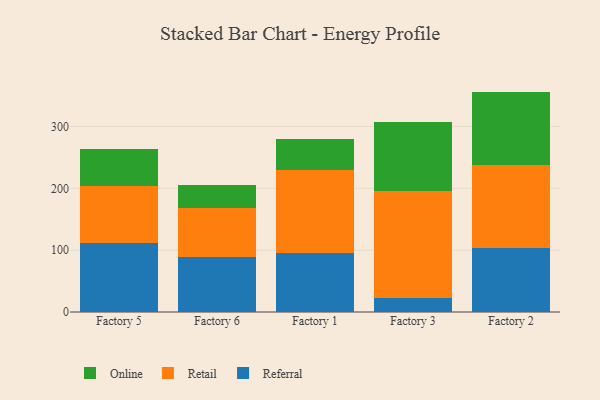
{"axis": {"x": "Factory", "y": "Tickets Resolved"}, "legend": ["Online", "Referral", "Retail"], "data": [{"x": "Factory 5", "y": 111.6, "type": "Referral"}, {"x": "Factory 5", "y": 91.7, "type": "Retail"}, {"x": "Factory 5", "y": 60.6, "type": "Online"}, {"x": "Factory 6", "y": 89.2, "type": "Referral"}, {"x": "Factory 6", "y": 79.1, "type": "Retail"}, {"x": "Factory 6", "y": 37.7, "type": "Online"}, {"x": "Factory 1", "y": 96.2, "type": "Referral"}, {"x": "Factory 1", "y": 134.3, "type": "Retail"}, {"x": "Factory 1", "y": 50.1, "type": "Online"}, {"x": "Factory 3", "y": 22.8, "type": "Referral"}, {"x": "Factory 3", "y": 173.4, "type": "Retail"}, {"x": "Factory 3", "y": 110.4, "type": "Online"}, {"x": "Factory 2", "y": 103.5, "type": "Referral"}, {"x": "Factory 2", "y": 135.0, "type": "Retail"}, {"x": "Factory 2", "y": 118.0, "type": "Online"}]}